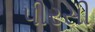
પીરસી